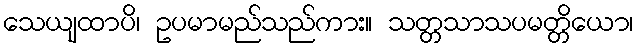
သေယျထာပိ၊ ဥပမာမည်သည်ကား။ သတ္တသာသပမတ္တိယော၊